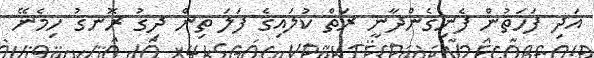
އަދި ފަހަތުން ފެނިގެންދާނީ ރަތް ކުލައިގެ ފަލަ ތިން ދިގު ރޮނގު ހިމެނޭ